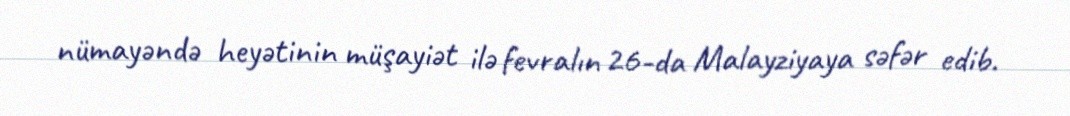
nümayəndə heyətinin müşayiət ilə fevralın 26-da Malayziyaya səfər edib.